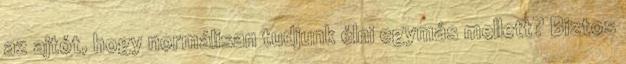
az ajtót, hogy normálisan tudjunk élni egymás mellett? Biztos